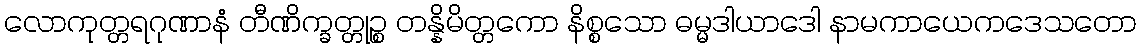
လောကုတ္တရဂုဏာနံ တီဏိက္ခတ္တုဉ္စ တန္နိမိတ္တကော နိစ္စသော ဓမ္မဒါယာဒေါ နာမကာယေကဒေသတော